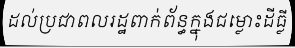
ដល់ប្រជាពលរដ្ឋពាក់ព័ន្ធក្នុងជម្លោះដីធ្លី